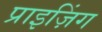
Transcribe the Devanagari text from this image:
प्राइज़िंग